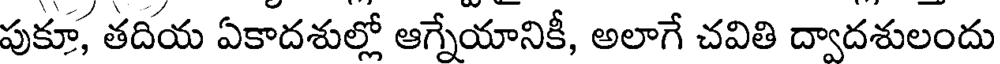
పుకూ, తదియ ఏకాదశుల్లో ఆగ్నేయానికీ, అలాగే చవితి ద్వాదశులందు